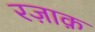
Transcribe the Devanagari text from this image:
रज़ाक़